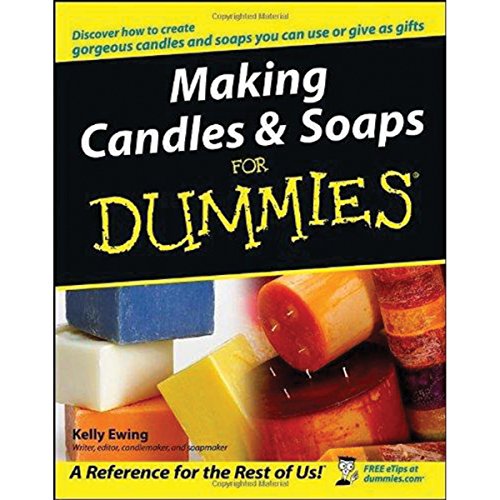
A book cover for Making Candles and Soaps For Dummies; Kelly Ewing; Crafts, Hobbies & Home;